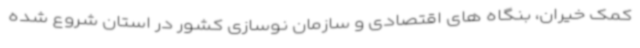
کمک خیران، بنگاه های اقتصادی و سازمان نوسازی کشور در استان شروع شده